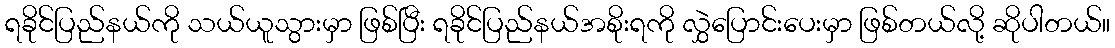
ရခိုင်ပြည်နယ်ကို သယ်ယူသွားမှာ ဖြစ်ပြီး ရခိုင်ပြည်နယ်အစိုးရကို လွှဲပြောင်းပေးမှာ ဖြစ်တယ်လို့ ဆိုပါတယ်။